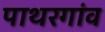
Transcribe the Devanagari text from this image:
पाथरगांव